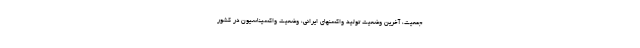
جمعیت، آخرین وضعیت تولید واکسنهای ایرانی، وضعیت واکسیناسیون در کشور